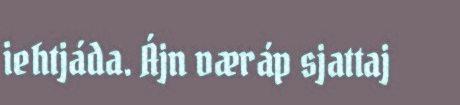
iehtjáda. Ájn væráp sjattaj